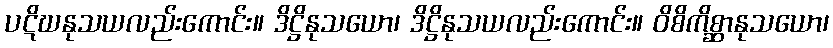
ပဋိဃနုသယလည်းကောင်း။ ဒိဋ္ဌိနုသယော၊ ဒိဋ္ဌိနုသယလည်းကောင်း။ ဝိစိကိစ္ဆာနုသယော၊